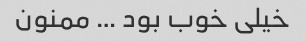
خیلی خوب بود … ممنون